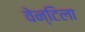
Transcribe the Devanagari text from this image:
वेन्टिला